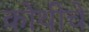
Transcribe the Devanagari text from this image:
कोथीचे